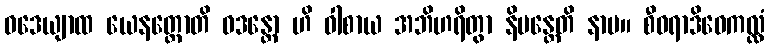
ဝဒေယျာထ ယေနတ္ထောတိ ဝဒန္တော ဟိ ဝါစာယ အဘိဟရိတွာ နိမန္တေတိ နာမ။ စီဝရာဒိဝေကလ္လံ